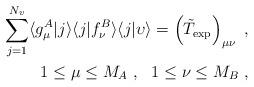
LaTeX: \begin{align*}\sum_{j=1}^{N_v} \langle g_\mu^A \vert j \rangle \langle j \vert f_\nu^B \rangle \langle j \vert \upsilon \rangle = \left( \tilde{T}_{\rm exp} \right)_{\mu\nu} \ , \\ 1\leq \mu \leq M_A \ , \ \ 1 \leq \nu \leq M_B \ , \end{align*}